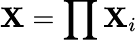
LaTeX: \mathbf{X}=\prod\mathbf{X}_{i}